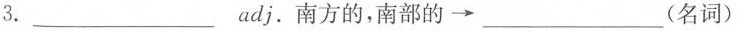
3.___adj.南方的，南部的\longrightarrow ___(名词)